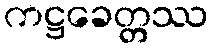
ကဋ္ဌခေတ္တဿ